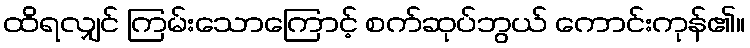
ထိရလျှင် ကြမ်းသောကြောင့် စက်ဆုပ်ဘွယ် ကောင်းကုန်၏။